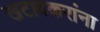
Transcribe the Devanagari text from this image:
खटावकरांना